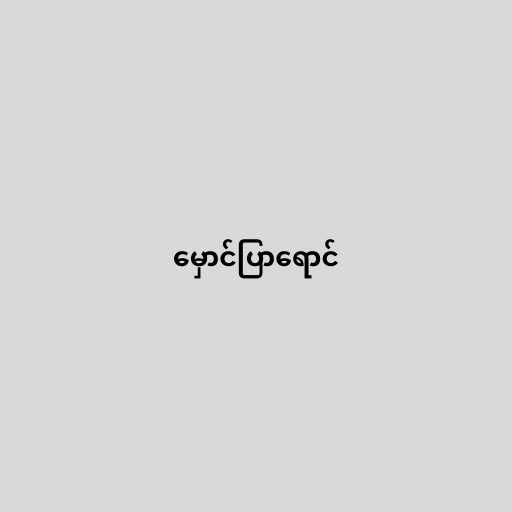
မှောင်ပြာရောင်